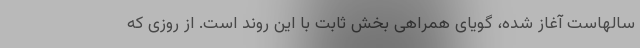
سالهاست آغاز شده، گویای همراهی بخش ثابت با این روند است. از روزی که